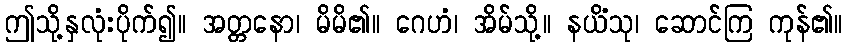
ဤသို့နှလုံးပိုက်၍။ အတ္တနော၊ မိမိ၏။ ဂေဟံ၊ အိမ်သို့။ နယိံသု၊ ဆောင်ကြ ကုန်၏။